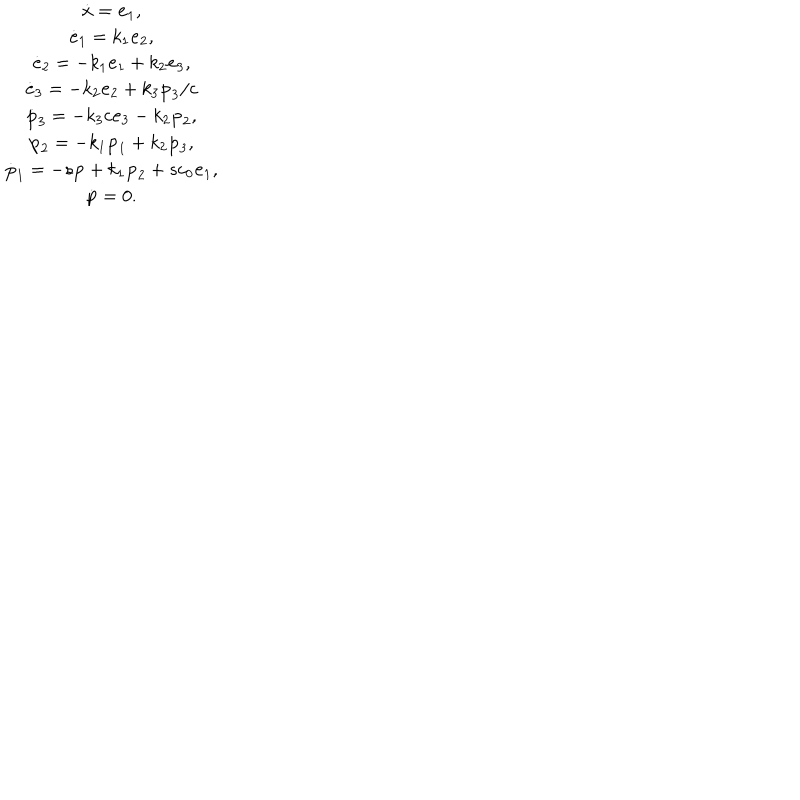
\begin{array} { c } { { \dot { \bf x } = { \bf e } _ { 1 } , } } \\ { { { \dot { \bf e } } _ { 1 } = k _ { 1 } { \bf e } _ { 2 } , } } \\ { { { \dot { \bf e } } _ { 2 } = - k _ { 1 } { \bf e } _ { 1 } + k _ { 2 } { \bf e } _ { 3 } , } } \\ { { { \dot { \bf e } } _ { 3 } = - k _ { 2 } { \bf e } _ { 2 } + k _ { 3 } { \bf p } _ { 3 } / c } } \\ { { { \dot { \bf p } } _ { 3 } = - k _ { 3 } c { \bf e } _ { 3 } - k _ { 2 } { \bf p } _ { 2 } , } } \\ { { { \dot { \bf p } } _ { 2 } = - k _ { 1 } { \bf p } _ { 1 } + k _ { 2 } { \bf p } _ { 3 } , } } \\ { { { \dot { \bf p } } _ { 1 } = - s { \bf p } + k _ { 1 } { \bf p } _ { 2 } + s c _ { 0 } { \bf e } _ { 1 } , } } \\ { { { \dot { \bf p } } = 0 . } } \\ \end{array}